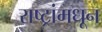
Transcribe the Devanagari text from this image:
राष्ट्रांमधून